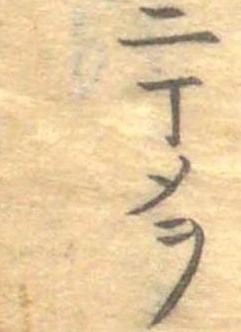
二丁メヲ